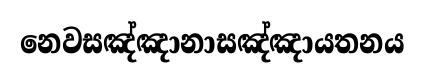
නෙවසඤ්ඤානාසඤ්ඤායතනය